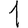
Digit: 1